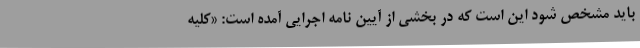
باید مشخص شود این است که در بخشی از آیین نامه اجرایی آمده است: «کلیه